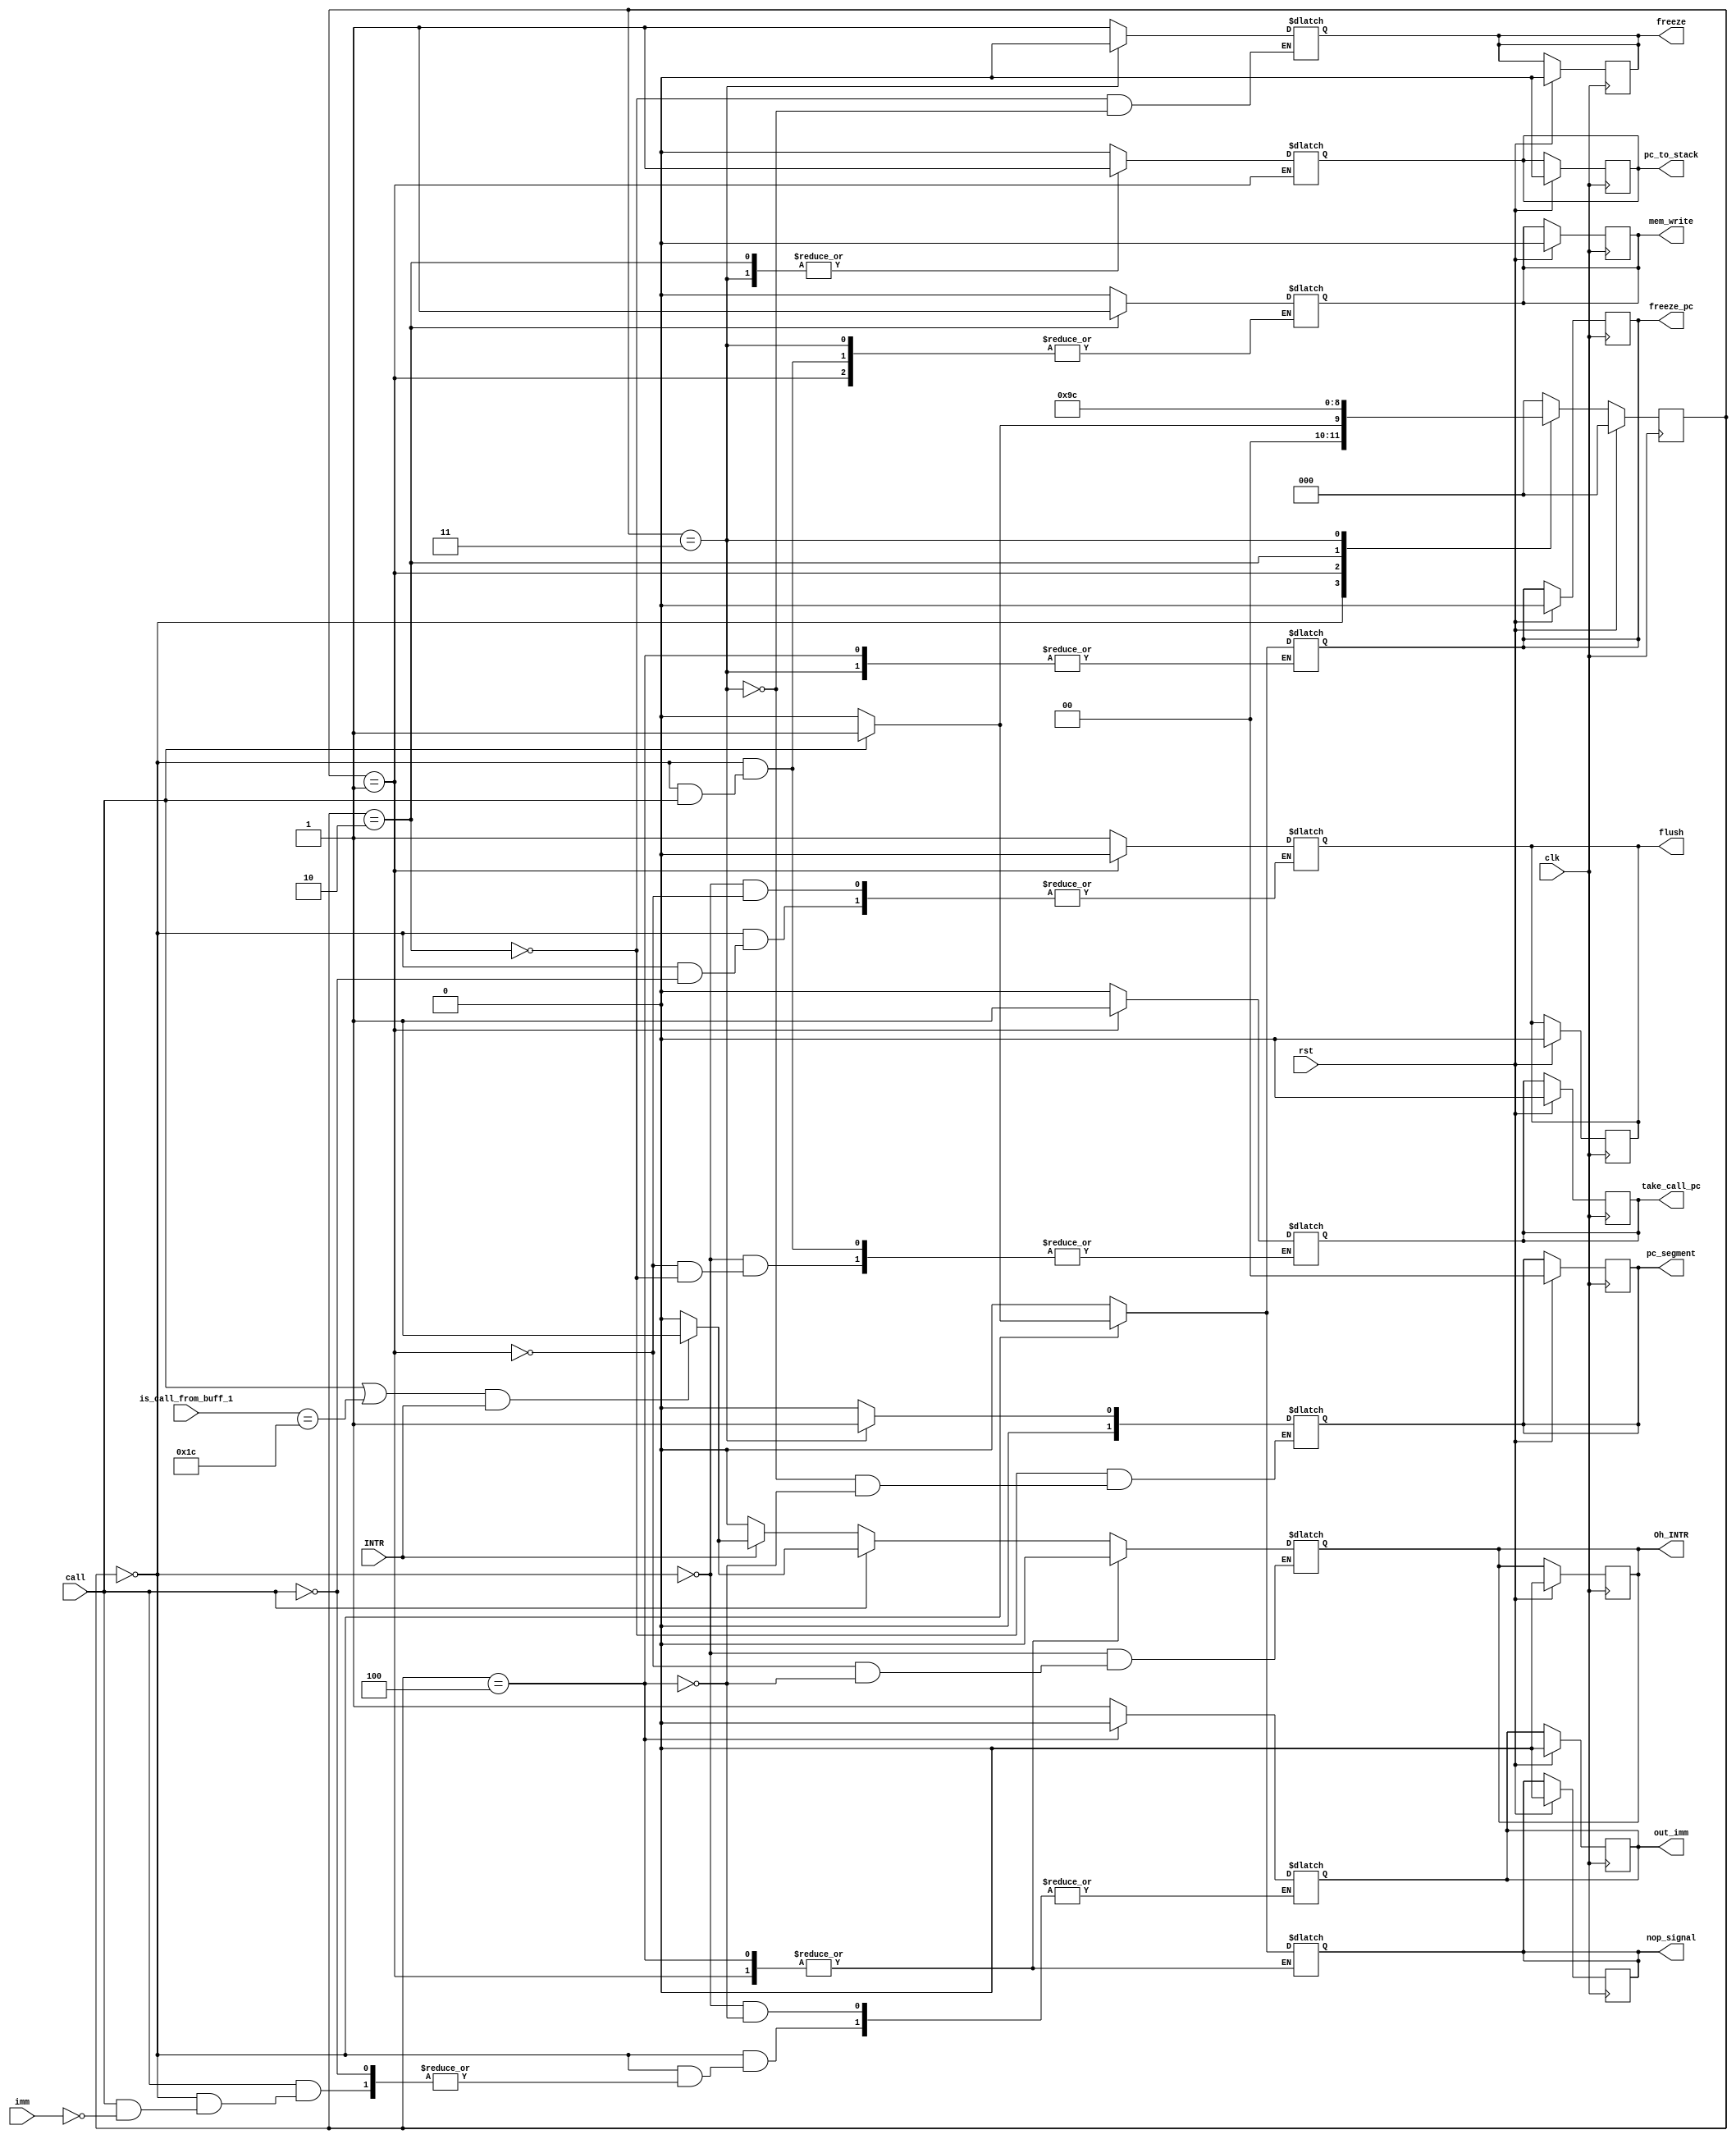
module call_controller(clk,call,rst,mem_write,nop_signal,freeze_pc,pc_segment,pc_to_stack,flush,take_call_pc,imm,out_imm,INTR,Oh_INTR,is_call_from_buff_1,freeze);
input clk,call,rst,imm,INTR;
input [4:0]is_call_from_buff_1;
output reg nop_signal,freeze_pc,flush,out_imm;
output reg mem_write,pc_to_stack,take_call_pc,Oh_INTR,freeze;
output reg [1:0]pc_segment;




//states
localparam ready=3'b000;
localparam state1=3'b001;
localparam state2=3'b010;
localparam state3=3'b011;
localparam push_pc_h=3'b100;
localparam push_pc_l=3'b101;
localparam push_flags=3'b110;
//localparam push_flags=3'b110;

//////////////

reg [2:0] state_reg,state_next;

always @(posedge clk)begin
	if(rst)begin
		state_reg=ready;
		mem_write=0;
		nop_signal=0;
		freeze_pc=0;
		pc_segment=0;
		flush=0;
		pc_to_stack=0;
		take_call_pc=0;
		out_imm=0;
		Oh_INTR=0;
		freeze=0;
	end
	else 
		state_reg=state_next;
end

always @(state_reg,call,INTR)begin
	case(state_reg)
		ready:
		begin
			if((call||is_call_from_buff_1==5'b11_100)&&INTR)begin
				Oh_INTR=1'b1;
			end
			else
				Oh_INTR=0;
			if(call) begin
				state_next=state1;
				freeze_pc=1;
				nop_signal=1;
				pc_to_stack=0;
				flush=1;
				if(imm)begin
					out_imm=1'b1;
				end
			end	
			else 
			begin
				state_next=ready;
				freeze_pc=0;
				nop_signal=0;
				mem_write=0;
				pc_to_stack=0;
				take_call_pc=0;
				if(!INTR)
					Oh_INTR=0;
			end
		end	
		state1:
		begin
			state_next=state2;
			Oh_INTR=1'b0;
			//if(INTR)
				//Oh_INTR=1'b1;
				
			flush=0;
			take_call_pc=1;
			freeze_pc=0;

		end		
		state2:
		begin	
			state_next=state3;
			//if(INTR)
				//Oh_INTR=1'b1;
			freeze_pc=0;
			nop_signal=0;
			mem_write=1;
			pc_to_stack=1;
			pc_segment=2'b00;
			take_call_pc=0;
			freeze=1;


		end	
		state3: //push_h
		begin
			state_next=push_pc_h;
			pc_segment=2'b01;
			pc_to_stack=1;
			//if(INTR)
				//Oh_INTR=1'b1;
			nop_signal=0;
			freeze=0;	

			
			
		end
		push_pc_h: //push_l
		begin
			//if(INTR)
				//Oh_INTR=1'b1;
			state_next=ready;
				pc_segment=0;
			pc_to_stack=0;
			mem_write=0;
			out_imm=1'b0;
			Oh_INTR=0;
			//pc_to_stack=0;
			//mem_write=0;
		end
		
		
		default:
		begin
			state_next=ready;
			mem_write=0;
			nop_signal=0;
			freeze_pc=0;
			pc_to_stack=0;
		end
	endcase	
end



endmodule